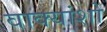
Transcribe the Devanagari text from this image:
वाक्यांशो